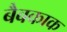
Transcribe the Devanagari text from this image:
बैबकाक